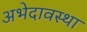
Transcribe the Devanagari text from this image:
अभेदावस्था